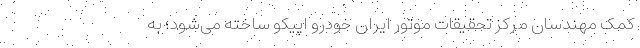
کمک مهندسان مرکز تحقیقات موتور ایران خودرو اپیکو ساخته می‌شود؛ به